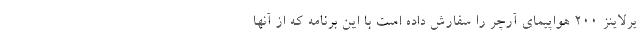
یرلاینز ۲۰۰ هواپیمای آرچر را سفارش داده است با این برنامه که از آنها